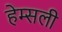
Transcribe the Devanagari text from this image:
हेम्सली